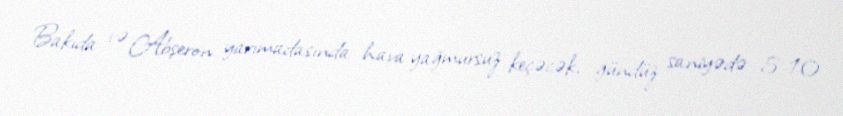
Bakıda və Abşeron yarımadasında hava yağmursuz keçəcək, gündüz saniyədə 5-10